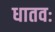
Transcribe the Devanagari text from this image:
धातवः